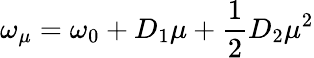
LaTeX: \omega_{\mu}=\omega_{0}+D_{1}\mu+\frac{1}{2}D_{2}\mu^{2}